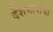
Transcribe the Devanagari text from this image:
देशभाषांचा